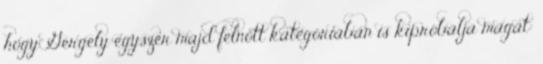
hogy Gergely egyszer majd felnőtt kategóriában is kipróbálja magát: